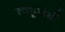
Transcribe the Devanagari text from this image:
ताहूरांगी